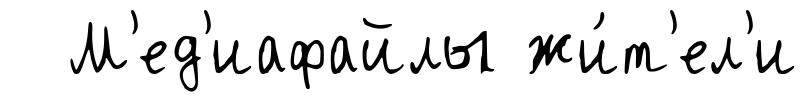
М'ед'иафайлы жи́т'ел'и